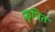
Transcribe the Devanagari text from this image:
कूपित